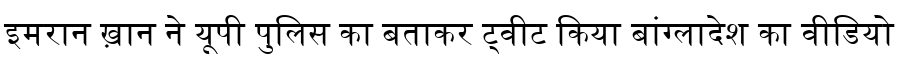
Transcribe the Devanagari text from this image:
इमरान ख़ान ने यूपी पुलिस का बताकर ट्वीट किया बांग्लादेश का वीडियो